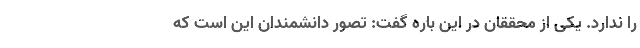
را ندارد. یکی از محققان در این باره گفت: تصور دانشمندان این است که